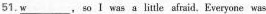
51.\underline{w} , so Ⅰ was a little sfraid,Everyone was